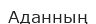
Аданның